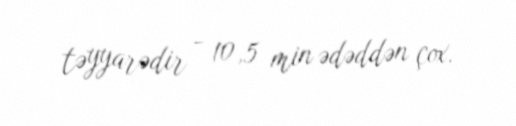
təyyarədir - 10,5 min ədəddən çox.